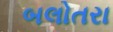
બલોતરા